Vaccination in Bombay 1856-1862 - 1856-1862
Year: 1856
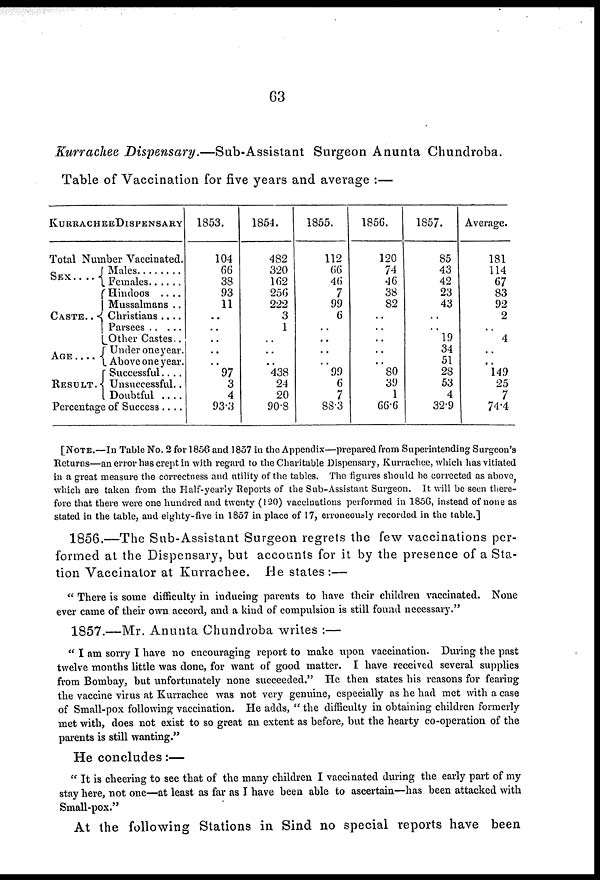
63
Kurrachee Dispensary.—Sub-Assistant
Surgeon Anunta Chundroba.
Table of Vaccination for five years and average :—
KURRACHEE DISPENSARY
Total Number Vaccinated.
SEX . . . .
CASTE . .
AGE.
RESULT .
Males . . . .
Females . . .
Hindoos . . . .
Mussalmans . .
Christians . . . .
Parsees . . . .
Other Castes.. .
Under one year.
Above one year.
Successful . . ..
Unsuccessful..
Doubtful . . ..
Percentage of Success . . .
1853.
104
66
38
93
11
..
..
..
..
..
97
3
4
93.3
1854.
482
320
162
256
222
3
1
..
..
..
438
24
20
908
1855.
112
66
46
7
99
6
..
..
..
..
99
6
7
88.3
1856.
120
74
46
38
82
..
..
..
..
..
80
39
1
66.6
1857.
85
43
42
23
43
..
..
19
34
51
28
53
4
32.9
Average.
181
114
67
83
92
2
..
4
.. ..
149
25
7
74.4
[NOTE.—In Table No. 2 for 1856 and 1857 in the Appendix—prepared from Superintending Surgeon's
Returns—an error has crept in with regard to the Charitable Dispensary, Kurrachee, which has vitiated
in a great measure the correctness and utility of the tables. The figures should be corrected as above,
which are taken from the Half-yearly Reports of the Sub-Assistant Surgeon. It will be seen there-
fore that there were one hundred and twenty (120) vaccinations performed in 1856, instead of none as
stated in the table, and eighty-five in 1857 in place of 17, erroneously recorded in the table.]
1856.—The Sub-Assistant Surgeon regrets the few vaccinations per-
formed at the Dispensary, but accounts for it by the presence of a Sta-
tion Vaccinator at Kurrachee. He states:—
" There is some difficulty in inducing parents to have their children vaccinated. None
ever came of their own accord, and a kind of compulsion is still found necessary."
1857.—Mr. Anunta Chundroba writes :—
" I am sorry I have no encouraging report to make upon vaccination. During the past
twelve months little was done, for want of good matter. I have received several supplies
from Bombay, but unfortunately none succeeded." He then states his reasons for fearing
the vaccine virus at Kurrachee was not very genuine, especially as he had met with a case
of Small-pox following vaccination. He adds, " the difficulty in obtaining children formerly
met with, does not exist to so great an extent as before, but the hearty co-operation of the
parents is still wanting."
He concludes:—
" It is cheering to see that of the many children I vaccinated during the early part of my
stay here, not one—at least as far as I have been able to ascertain—has been attacked with
Small-pox."
At the following Stations in Sind no special reports have been